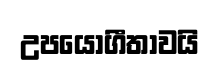
උපයෝගීතාවයි